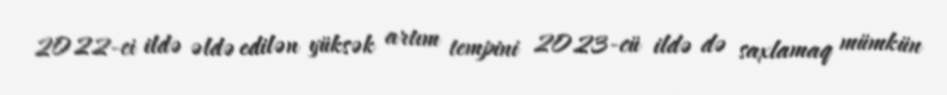
2022-ci ildə əldə edilən yüksək artım tempini 2023-cü ildə də saxlamaq mümkün